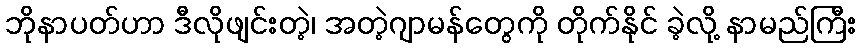
ဘိုနာပတ်ဟာ ဒီလိုဖျင်းတဲ့၊ အတဲ့ဂျာမန်တွေကို တိုက်နိုင် ခဲ့လို့ နာမည်ကြီး